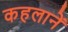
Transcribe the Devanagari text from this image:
कहलानें